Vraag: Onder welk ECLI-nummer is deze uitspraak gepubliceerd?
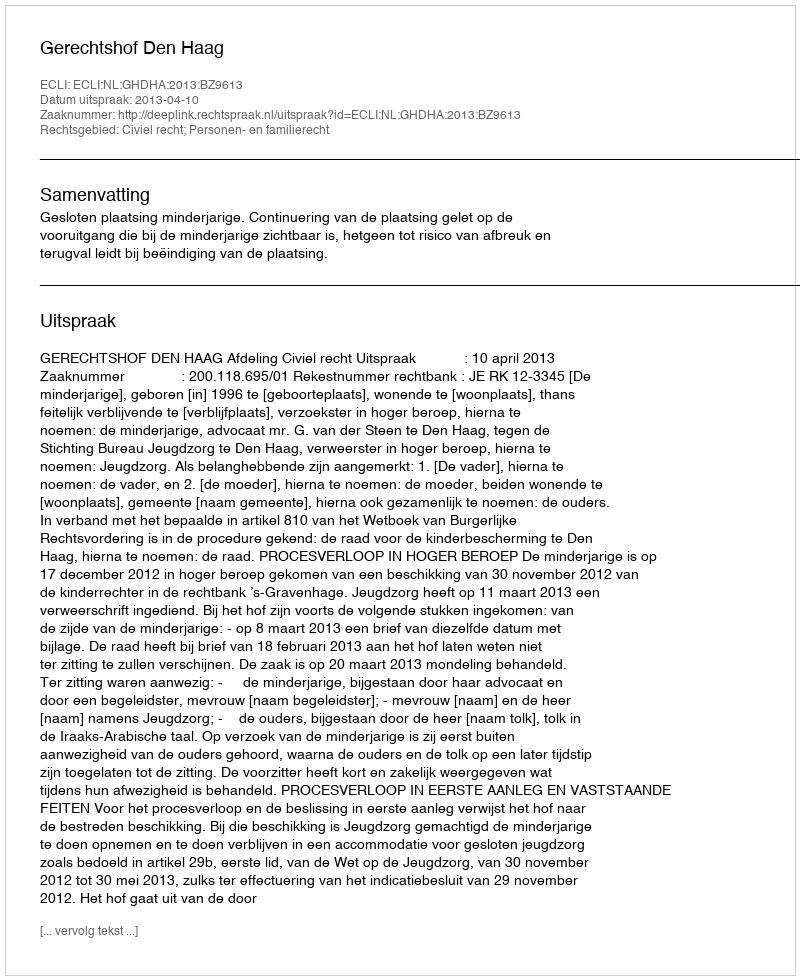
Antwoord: ECLI:NL:GHDHA:2013:BZ9613